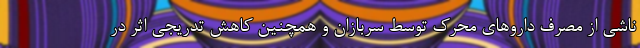
ناشی از مصرف داروهای محرک توسط سربازان و همچنین کاهش تدریجی اثر در